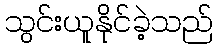
သွင်းယူနိုင်ခဲ့သည်